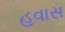
હવાસ